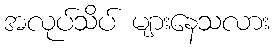
အလုပ်သိပ် များနေသလား